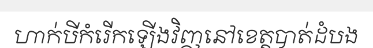
ហាក់បីកំរើកឡើងវិញនៅខេត្តបាត់ដំបង